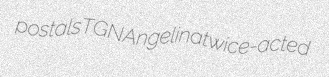
postals TGN Angelina twice-acted